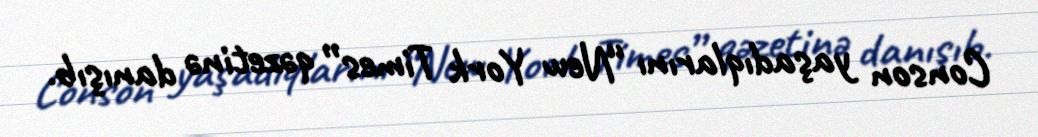
Conson yaşadıqlarını “New York Times” qəzetinə danışıb.